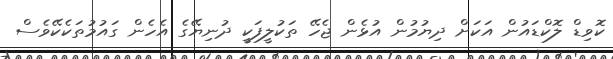
ކޮވިޑް ލޮކްޑައުން އަކަށް ދިޔުމުން އުޅެން ޖެހޭ ތަކުލީފަކީ ދުނިޔޭގެ އެހެން ގައުމުތަކެކޭވެސް